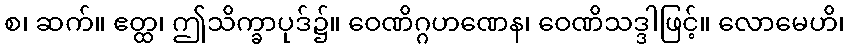
စ၊ ဆက်။ ဧတ္ထ၊ ဤသိက္ခာပုဒ်၌။ ဝေဏိဂ္ဂဟဏေန၊ ဝေဏိသဒ္ဒါဖြင့်။ လောမေဟိ၊